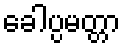
ခေါပ္ပမတ္တာ